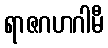
ရာဇဂဟဂါမီ